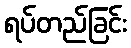
ရပ်တည်ခြင်း